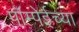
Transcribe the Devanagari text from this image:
पॉम्पेईच्या